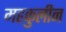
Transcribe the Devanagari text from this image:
महकुलीन